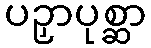
ပဉှာပုစ္ဆာ